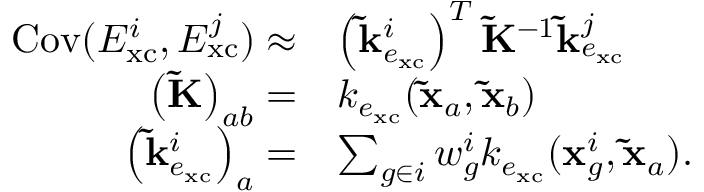
\begin{array} { r l } { \mathrm { C o v } ( E _ { \mathrm { x c } } ^ { i } , E _ { \mathrm { x c } } ^ { j } ) \approx } & { \left( \mathbf { \tilde { k } } _ { e _ { \mathrm { x c } } } ^ { i } \right) ^ { T } \mathbf { \widetilde { K } } ^ { - 1 } \mathbf { \tilde { k } } _ { e _ { \mathrm { x c } } } ^ { j } } \\ { \left( \mathbf { \widetilde { K } } \right) _ { a b } = } & { k _ { e _ { \mathrm { x c } } } ( \mathbf { \tilde { x } } _ { a } , \mathbf { \tilde { x } } _ { b } ) } \\ { \left( \mathbf { \tilde { k } } _ { e _ { \mathrm { x c } } } ^ { i } \right) _ { a } = } & { \sum _ { g \in i } w _ { g } ^ { i } k _ { e _ { \mathrm { x c } } } ( \mathbf { x } _ { g } ^ { i } , \mathbf { \tilde { x } } _ { a } ) . } \end{array}